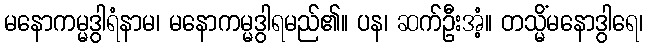
မနောကမ္မဒွါရံနာမ၊ မနောကမ္မဒွါရမည်၏။ ပန၊ ဆက်ဦးအံ့။ တသ္မိံမနောဒွါရေ၊